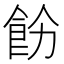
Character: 𩚝